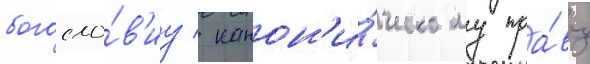
богосло́в'иу / канон'и́ческому пра́ву